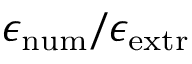
\epsilon _ { \mathrm { { n u m } } } / \epsilon _ { \mathrm { { e x t r } } }